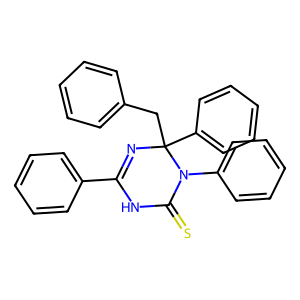
SMILES: S=C1NC(c2ccccc2)=NC(Cc2ccccc2)(c2ccccc2)N1c1ccccc1
Inhibits HIV replication: No